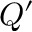
Q ^ { \prime }